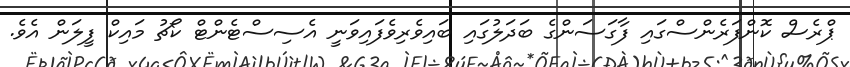
ޕްރެސް ކޮންފަރެންސްގައި ފާގަސަންގެ ބަދަލުގައި ބައިވެރިވެފައިވަނީ އެސިސްޓެންޓް ކޯޗު މައިކް ފީލަން އެވެ.